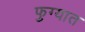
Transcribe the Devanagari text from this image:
फुग्यात